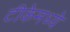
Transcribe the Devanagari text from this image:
टीकेमध्ये